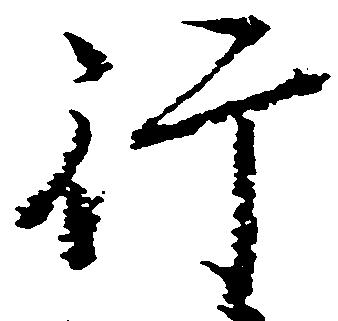
行